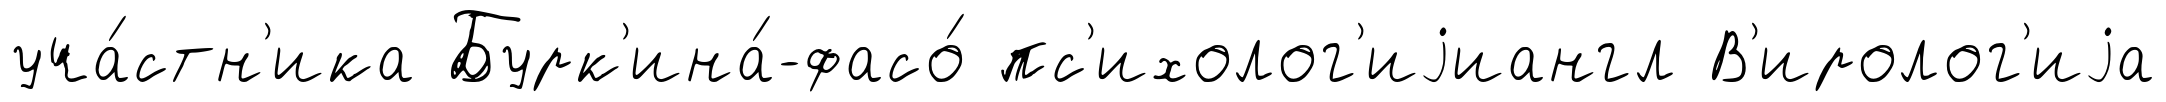
уча́стн'ика Бурк'ина́-фасо́ пс'ихолог'иjиангл В'иролог'иjа